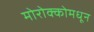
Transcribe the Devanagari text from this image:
मोरोक्कोमधून